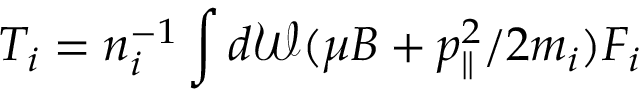
T _ { i } = n _ { i } ^ { - 1 } \int d \mathcal { W } ( \mu B + p _ { \parallel } ^ { 2 } / 2 m _ { i } ) F _ { i }